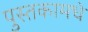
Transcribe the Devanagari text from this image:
पुस्तकामधे